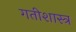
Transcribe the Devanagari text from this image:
गतीशास्त्र